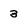
Character: 3